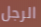
الرجل